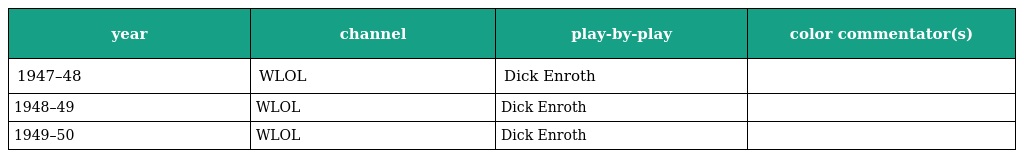
| year | channel | play-by-play | color commentator(s) |
 | --- | --- | --- | --- |
 | 1947–48 | WLOL | Dick Enroth |  |
 | 1948–49 | WLOL | Dick Enroth |  |
 | 1949–50 | WLOL | Dick Enroth |  |